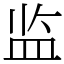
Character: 监